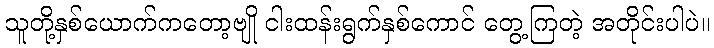
သူတို့နှစ်ယောက်ကတော့ဗျို ငါးထန်းရွက်နှစ်ကောင် တွေ့ကြတဲ့ အတိုင်းပါပဲ။